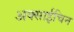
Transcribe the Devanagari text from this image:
अक्साईचिन